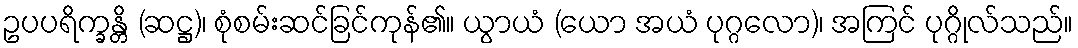
ဥပပရိက္ခန္တိ (ဆဋ္ဌ)၊ စုံစမ်းဆင်ခြင်ကုန်၏။ ယွာယံ (ယော အယံ ပုဂ္ဂလော)၊ အကြင် ပုဂ္ဂိုလ်သည်။